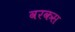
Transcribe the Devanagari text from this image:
वरकस